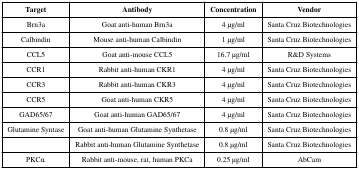
| Target | Antibody | Concentration | Vendor |
 | --- | --- | --- | --- |
 | Brn3a | Goat anti-human Brn3a | 4 μg/ml | Santa Cruz Biotechnologies |
 | Calbindin | Mouse anti-human Calbindin | 1 μg/ml | Santa Cruz Biotechnologies |
 | CCL5 | Goat anti-mouse CCL5 | 16.7 μg/ml | R&D Systems |
 | CCR1 | Rabbit anti-human CKR1 | 4 μg/ml | Santa Cruz Biotechnologies |
 | CCR3 | Rabbit anti-human CKR3 | 4 μg/ml | Santa Cruz Biotechnologies |
 | CCR5 | Goat anti-human CKR5 | 4 μg/ml | Santa Cruz Biotechnologies |
 | GAD65/67 | Goat anti-human GAD65/67 | 4 μg/ml | Santa Cruz Biotechnologies |
 | Glutamine Syntase | Goat anti-human Glutamine Synthetase | 0.8 μg/ml | Santa Cruz Biotechnologies |
 |  | Rabbit anti-human Glutamine Synthetase | 0.8 μg/ml | Santa Cruz Biotechnologies |
 | PKCα | Rabbit anti-mouse, rat, human PKCa | 0.25 μg/ml | AbCam |